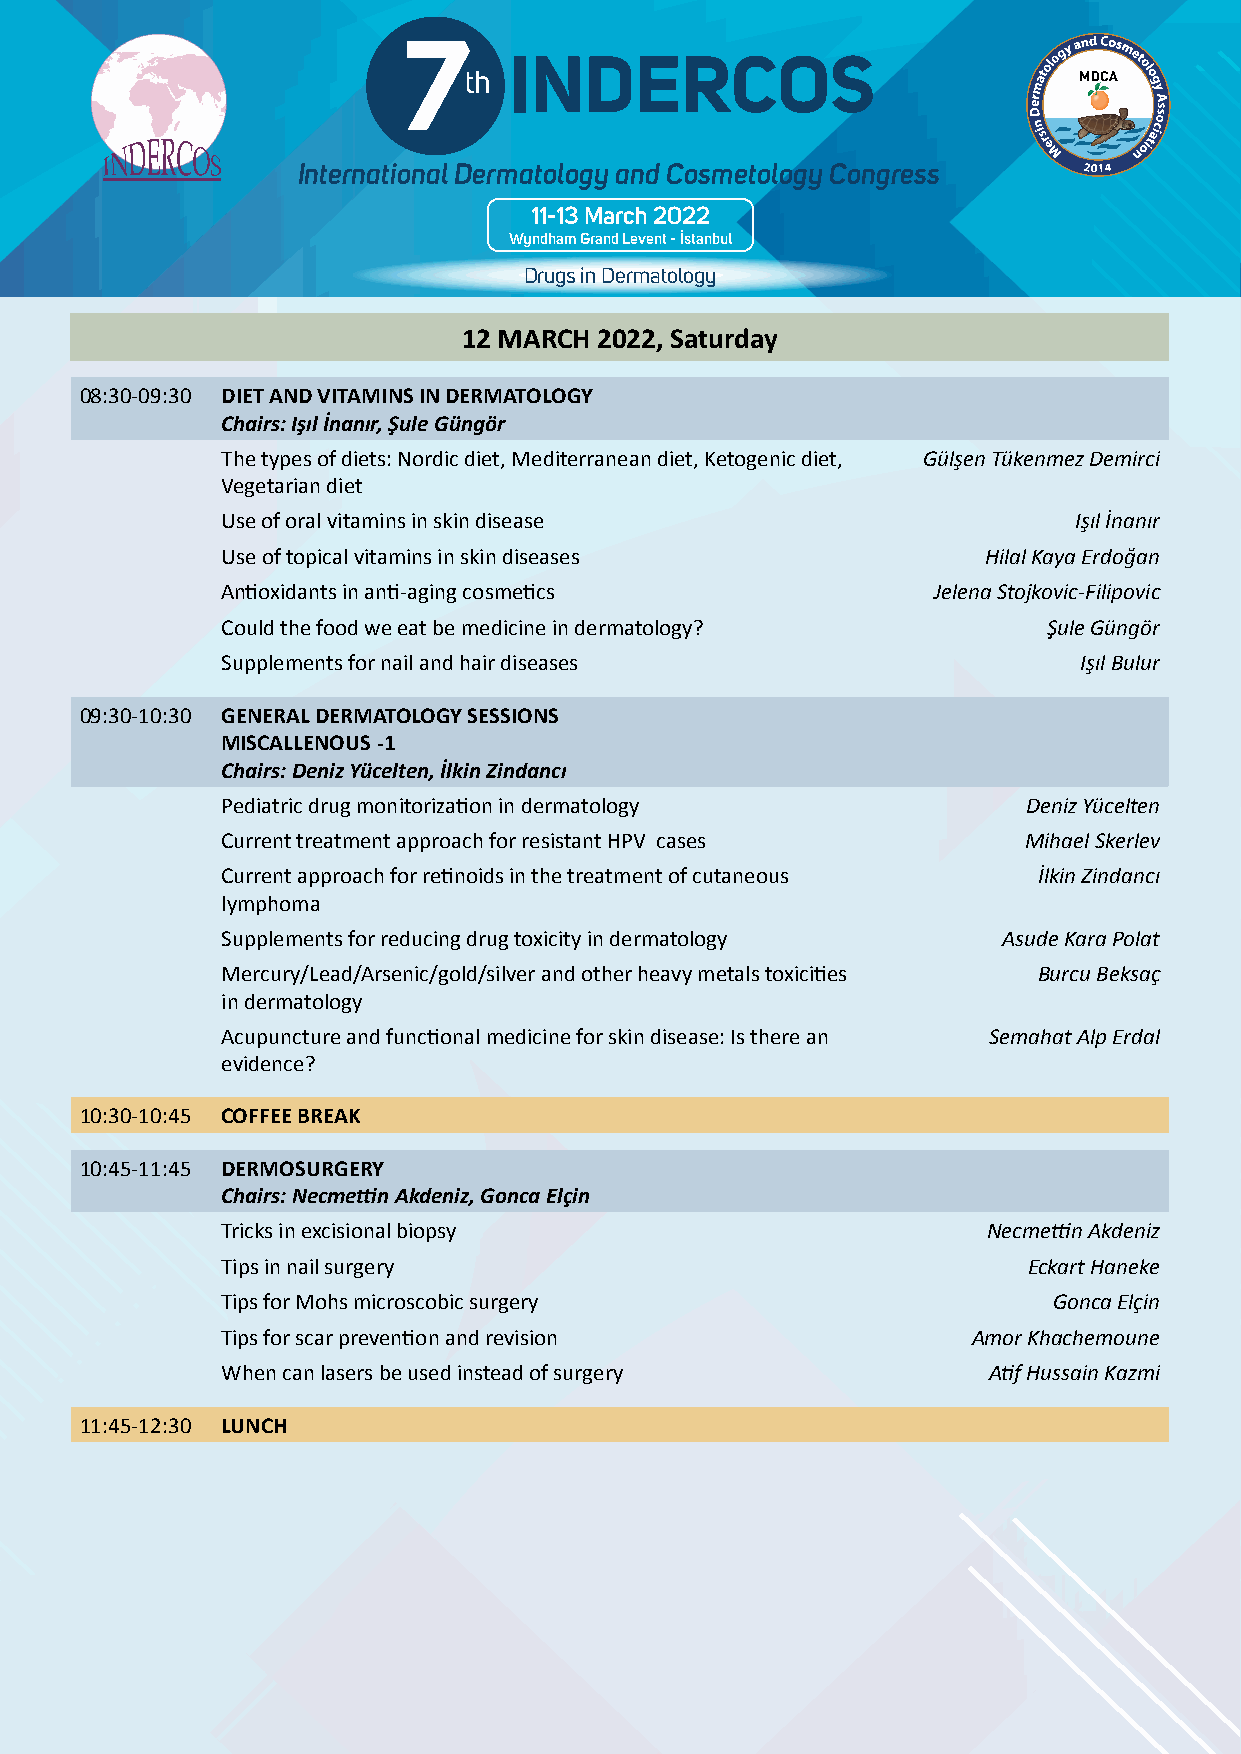
7                                                                                 7
 INDERCOS                                                                          INDERCOS
 th                                                                                th
 International Dermatology and Cosmetology Congress                                International Dermatology and Cosmetology Congress
 11-13 March 2022                                                                  11-13 March 2022
 Wyndham Grand Levent - İstanbul                                                   Wyndham Grand Levent - İstanbul
 Drugs in Dermatology                                                              Drugs in Dermatology
 12 MARCH 2022, Saturday
 08:30-09:30 DIET AND VITAMINS IN DERMATOLOGY
 Chairs: Işıl İnanır, Şule Güngör
 The types of diets: Nordic diet, Mediterranean diet, Ketogenic diet, Gülşen Tükenmez Demirci
 Vegetarian diet
 Use of oral vitamins in skin disease                    Işıl İnanır
 Use of topical vitamins in skin diseases          Hilal Kaya Erdoğan
 Antioxidants in anti-aging cosmetics           Jelena Stojkovic-Filipovic
 Could the food we eat be medicine in dermatology?     Şule Güngör
 Supplements for nail and hair diseases                  Işıl Bulur
 09:30-10:30 GENERAL DERMATOLOGY SESSIONS
 MISCALLENOUS -1
 Chairs: Deniz Yücelten, İlkin Zindancı
 Pediatric drug monitorization in dermatology         Deniz Yücelten
 Current treatment approach for resistant HPV cases   Mihael Skerlev
 Current approach for retinoids in the treatment of cutaneous İlkin Zindancı
 lymphoma
 Supplements for reducing drug toxicity in dermatology Asude Kara Polat
 Mercury/Lead/Arsenic/gold/silver and other heavy metals toxicities Burcu Beksaç
 in dermatology
 Acupuncture and functional medicine for skin disease: Is there an Semahat Alp Erdal
 evidence?
 10:30-10:45 COFFEE BREAK
 10:45-11:45 DERMOSURGERY
 Chairs: Necmettin Akdeniz, Gonca Elçin
 Tricks in excisional biopsy                       Necmettin Akdeniz
 Tips in nail surgery                                 Eckart Haneke
 Tips for Mohs microscobic surgery                      Gonca Elçin
 Tips for scar prevention and revision            Amor Khachemoune
 When can lasers be used instead of surgery        Atif Hussain Kazmi
 11:45-12:30 LUNCH